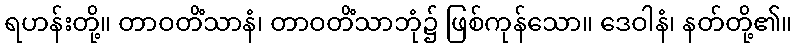
ရဟန်းတို့။ တာဝတိံသာနံ၊ တာဝတိံသာဘုံ၌ ဖြစ်ကုန်သော။ ဒေဝါနံ၊ နတ်တို့၏။